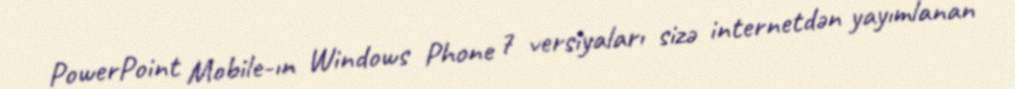
PowerPoint Mobile-ın Windows Phone 7 versiyaları sizə internetdən yayımlanan